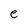
Character: e